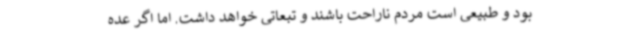
بود و طبیعی است مردم ناراحت باشند و تبعاتی خواهد داشت. اما اگر عده